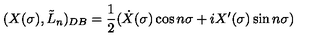
( X ( \sigma ) , \tilde { L } _ { n } ) _ { D B } = \frac { 1 } { 2 } ( \dot { X } ( \sigma ) \cos n \sigma + i X ^ { \prime } ( \sigma ) \sin n \sigma )